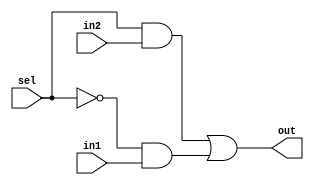
module mux2to1(out,sel,in1,in2);   
input in1,in2,sel;   
output out;   
wire not_sel,a1,a2;   
not (not_sel,sel);   
and (a1,sel,in2);   
and (a2,not_sel,in1);   
or(out,a1,a2); 
endmodule

module bit8_2to1mux(out,sel,in1,in2);   
input [7:0] in1,in2;   
output [7:0] out;   
input sel;   
genvar j;    
generate  for (j=0; j<8;j=j+1) begin: mux_loop  
//mux_loop is the name of the loop   
mux2to1 m1(out[j],sel,in1[j],in2[j]);   
//generate can't be written inside an always block
end 
endgenerate 
endmodule

module testbench;   
reg [7:0] INP1, INP2;   
reg SEL;   
wire [7:0] out;   
bit8_2to1mux M1(out,SEL,INP1,INP2);   
initial
begin
$monitor(,$time,"in1 = %b  in2=%b  out=%b \n sel=%b",INP1,INP2,out,SEL);
end   
initial
begin     
INP1=8'b10101010;     
INP2=8'b01010101;     
SEL=1'b0;     
#100 SEL=1'b1;     
#1000 $finish;   
end 
endmodule